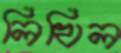
লিখিল